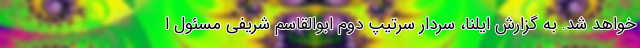
خواهد شد. به گزارش ایلنا، سردار سرتیپ دوم ابوالقاسم شریفی مسئول ا